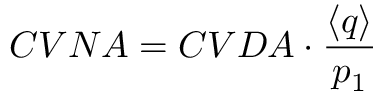
C V N A = C V D A \cdot \frac { \langle q \rangle } { p _ { 1 } }